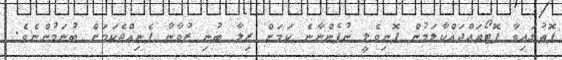
ފޮތުގައިވާ ފޮޓޯތައްދައްކާލަމުން ފޮނިވެލީ ނުފެންނާނެ ކަމަށް ޒިލާ ބުނި ޒުވާނާ ފެނިއްޖެކަމަށް ބުނަމުންނެވެ.